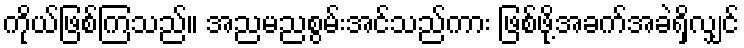
ကိုယ်ဖြစ်ကြသည်။ အညမညစွမ်းအင်သည်ကား ဖြစ်ဖို့အခက်အခဲရှိလျှင်